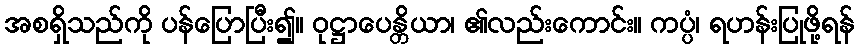
အစရှိသည်ကို ပန်ပြောပြီး၍။ ဝုဋ္ဌာပေန္တိယာ၊ ၏လည်းကောင်း။ ကပ္ပံ၊ ရဟန်းပြုဖို့ရန်